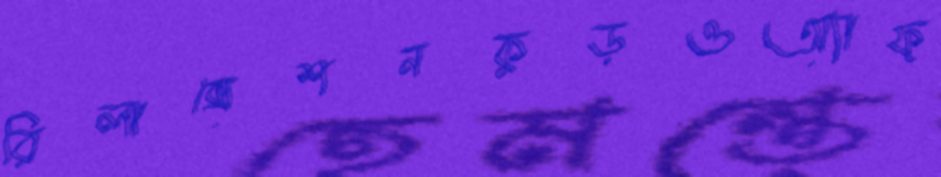
রিলাক্সেশনকুড়ওঅ্যাফ্